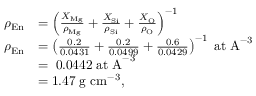
\begin{array} { r l } { \rho _ { \mathrm { E n } } } & { = \left( \frac { X _ { \mathrm { M g } } } { \rho _ { \mathrm { M g } } } + \frac { X _ { \mathrm { S i } } } { \rho _ { \mathrm { S i } } } + \frac { X _ { \mathrm { O } } } { \rho _ { \mathrm { O } } } \right) ^ { - 1 } } \\ { \rho _ { \mathrm { E n } } } & { = \left( \frac { 0 . 2 } { 0 . 0 4 3 1 } + \frac { 0 . 2 } { 0 . 0 4 9 9 } + \frac { 0 . 6 } { 0 . 0 4 2 9 } \right) ^ { - 1 } \; \mathrm { a t ~ A } ^ { - 3 } } \\ & { = \; 0 . 0 4 4 2 \; \mathrm { a t ~ A } ^ { - 3 } } \\ & { = 1 . 4 7 \; \mathrm { g ~ c m } ^ { - 3 } , } \end{array}